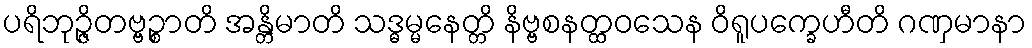
ပရိဘုဉ္ဇိတဗ္ဗဉ္စာတိ အန္တိမာတိ သဒ္ဓမ္မနေတ္တိ နိဗ္ဗစနတ္ထဝသေန ဝိရူပက္ခေဟီတိ ဂဏှမာနာ